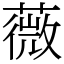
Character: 薇